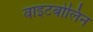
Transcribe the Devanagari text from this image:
वाइटबोलिन